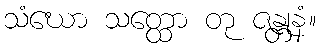
သံဃော သတ္ထော တု ဇန္တုနံ။